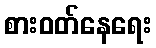
စားဝတ်နေရေး